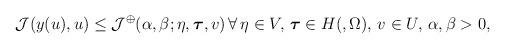
LaTeX: \begin{align*} \begin{aligned} \mathcal{J}(y(u),u) \leq \mathcal{J}^\oplus(\alpha,\beta;\eta,\boldsymbol{\tau},v) \, \forall \, \eta \in V, \, \boldsymbol{\tau} \in H(,\Omega), \, v \in U_{}, \, \alpha, \beta > 0, \end{aligned}\end{align*}